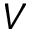
V